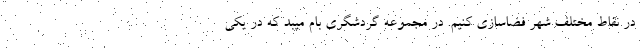
در نقاط مختلف شهر فضاسازی کنیم. در مجموعه گردشگری بام میبد که در یکی